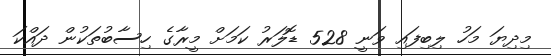
މިދިޔަ މަހު ލިބިފައި ވަނީ 528 ޑޮލަރު ކަމަށް މީރާގެ ހިސާބުތަކުން ދައްކަ